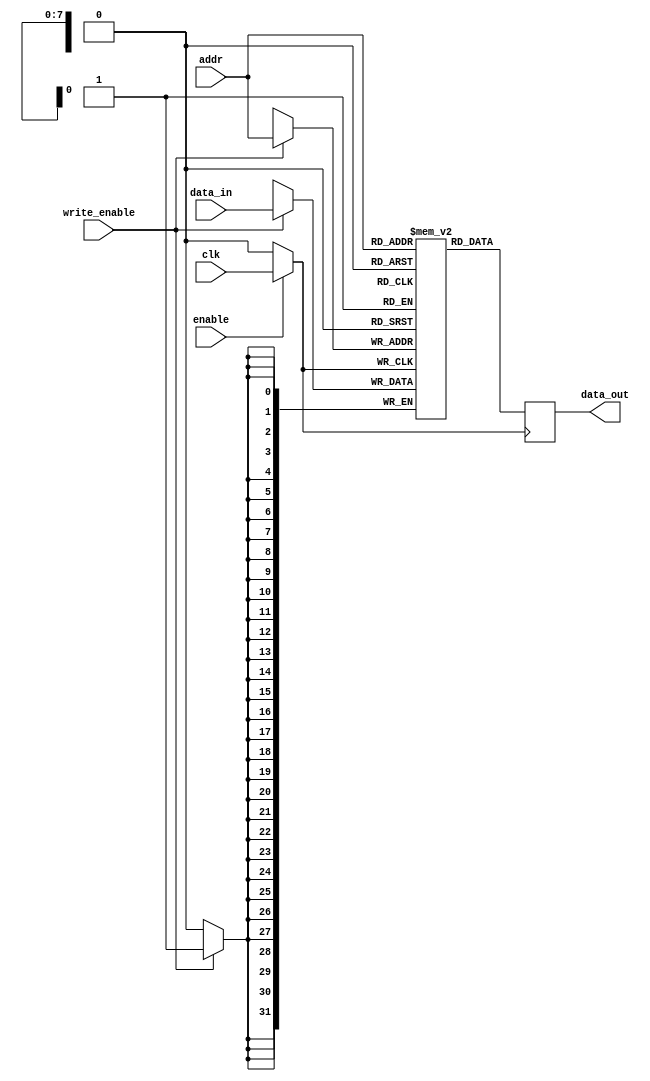
module memory_block (
    input wire clk,                // Original clock signal
    input wire enable,             // Control signal to enable memory operations
    input wire [7:0] addr,         // Address for memory access
    input wire [31:0] data_in,     // Data input for write operations
    input wire write_enable,        // Write enable signal
    output reg [31:0] data_out      // Data output for read operations
);

    // Memory array (for example, 256 x 32-bit memory)
    reg [31:0] mem_array [0:255];

    // Gated clock signal
    wire gated_clk;

    // Clock gating logic
    assign gated_clk = enable ? clk : 1'b0;

    // Memory operations
    always @(posedge gated_clk) begin
        if (write_enable) begin
            mem_array[addr] <= data_in; // Write operation
        end
        data_out <= mem_array[addr]; // Read operation
    end

endmodule